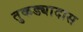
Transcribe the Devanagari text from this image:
तुकड्यादास